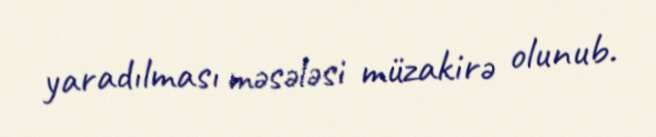
yaradılması məsələsi müzakirə olunub.